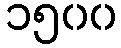
၁၅၀၀